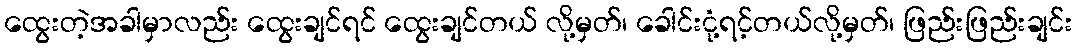
ထွေးတဲ့အခါမှာလည်း ထွေးချင်ရင် ထွေးချင်တယ် လို့မှတ်၊ ခေါင်းငုံ့ရင့်တယ်လို့မှတ်၊ ဖြည်းဖြည်းချင်း